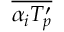
\overline { { \alpha _ { i } { T _ { p } ^ { \prime } } } }